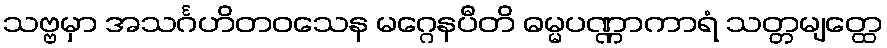
သဗ္ဗမှာ အသင်္ဂဟိတဝသေန မဂ္ဂေနပီတိ ဓမ္မပဏ္ဏာကာရံ သတ္တမျတ္ထေ